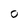
Character: O